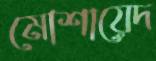
মোশায়েদ